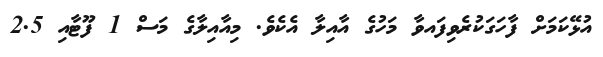
އުޅޭކަމަށް ފާހަގަކުރެވިފައވާ މަހުގެ އާއިލާ އެކެވެ. މިއާއިލާގެ މަސް 1 ފޫޓާއި 2.5